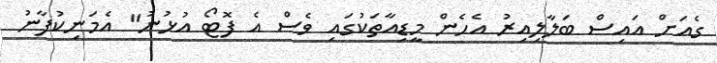
ގެއަށް އައިސް ބަލާލިއިރު އެހެން މީޑިއާތަކުގައި ވެސް އެ ފޮޓޯ އުޅުނު" އެމަނިކުފާނު